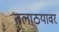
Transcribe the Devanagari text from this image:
तलाठयावर